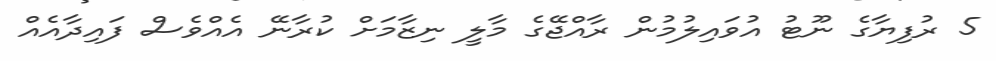
5 ރުފިޔާގެ ނޫޓު އުވައިލުމުން ރާއްޖޭގެ މާލީ ނިޒާމަށް ކުރާނޭ އެއްވެސް ފައިދާއެއް